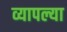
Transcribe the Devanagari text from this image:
व्यापल्या